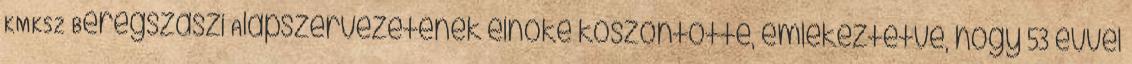
KMKSZ Beregszászi Alapszervezetének elnöke köszöntötte, emlékeztetve, hogy 53 évvel